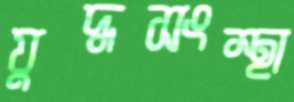
যুদ্ধসংস্থা